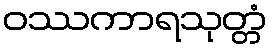
ဝဿကာရသုတ္တံ